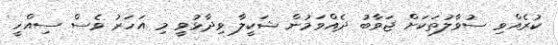
ކުރެއްވި ސުވާލުތަކަށް ޖަވާބު ދެއްވަމުން ޝަކީލާ ވިދާޅުވީ މި އަހަރު ވެސް ސިއްހީ